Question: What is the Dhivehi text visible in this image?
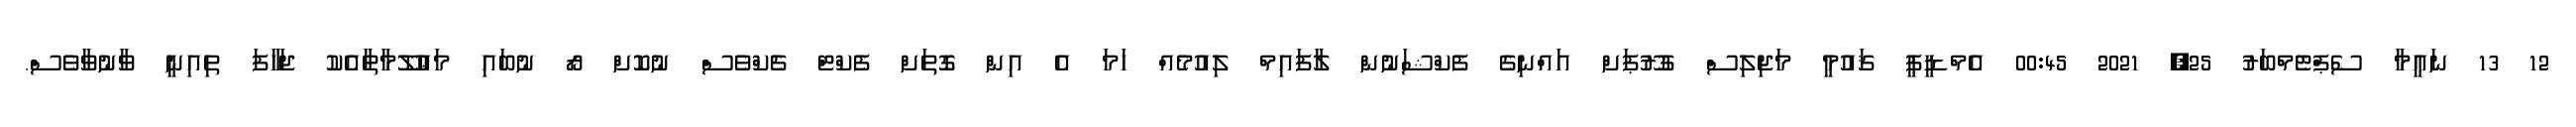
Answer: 12 13 ނައީމާ ސެޕްޓެމްބަރު 25, 2021 00:45 އެމްޑީޕީ ޤައުމީ މަޖިލިސް ގުރޫޕަށް އައްނިގެ ފެކްޝަނުން ލާފައިމް ލިއުމެއް ހަމަ އެ އިން ގޮތަށް ފެކްޓް ޗެކްވެސް ނުކޮށް ރޯ ނުބައި މަޢުލޫމާތާއެކު ޖަހާފަ ތިއިނީ ވާނުވާވެސް.